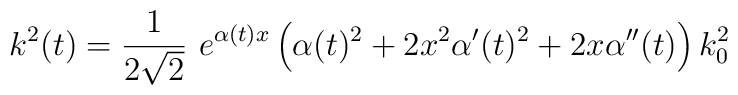
k^2(t)=\frac{1}{2\sqrt{2}}\ e^{\alpha (t)x}\left(\alpha (t)^2+2x^2\alpha '(t)^2+2x\alpha ''(t)\right)k^2_0